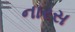
નારસ